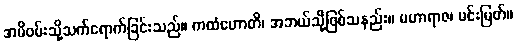
အမိဝမ်းသို့သက်ရောက်ခြင်းသည်။ ကထံဟောတိ၊ အဘယ်သို့ဖြစ်သနည်း။ မဟာရာဇ၊ မင်းမြတ်။